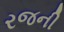
રજની